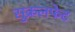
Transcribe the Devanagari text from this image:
सुक्रलफेट